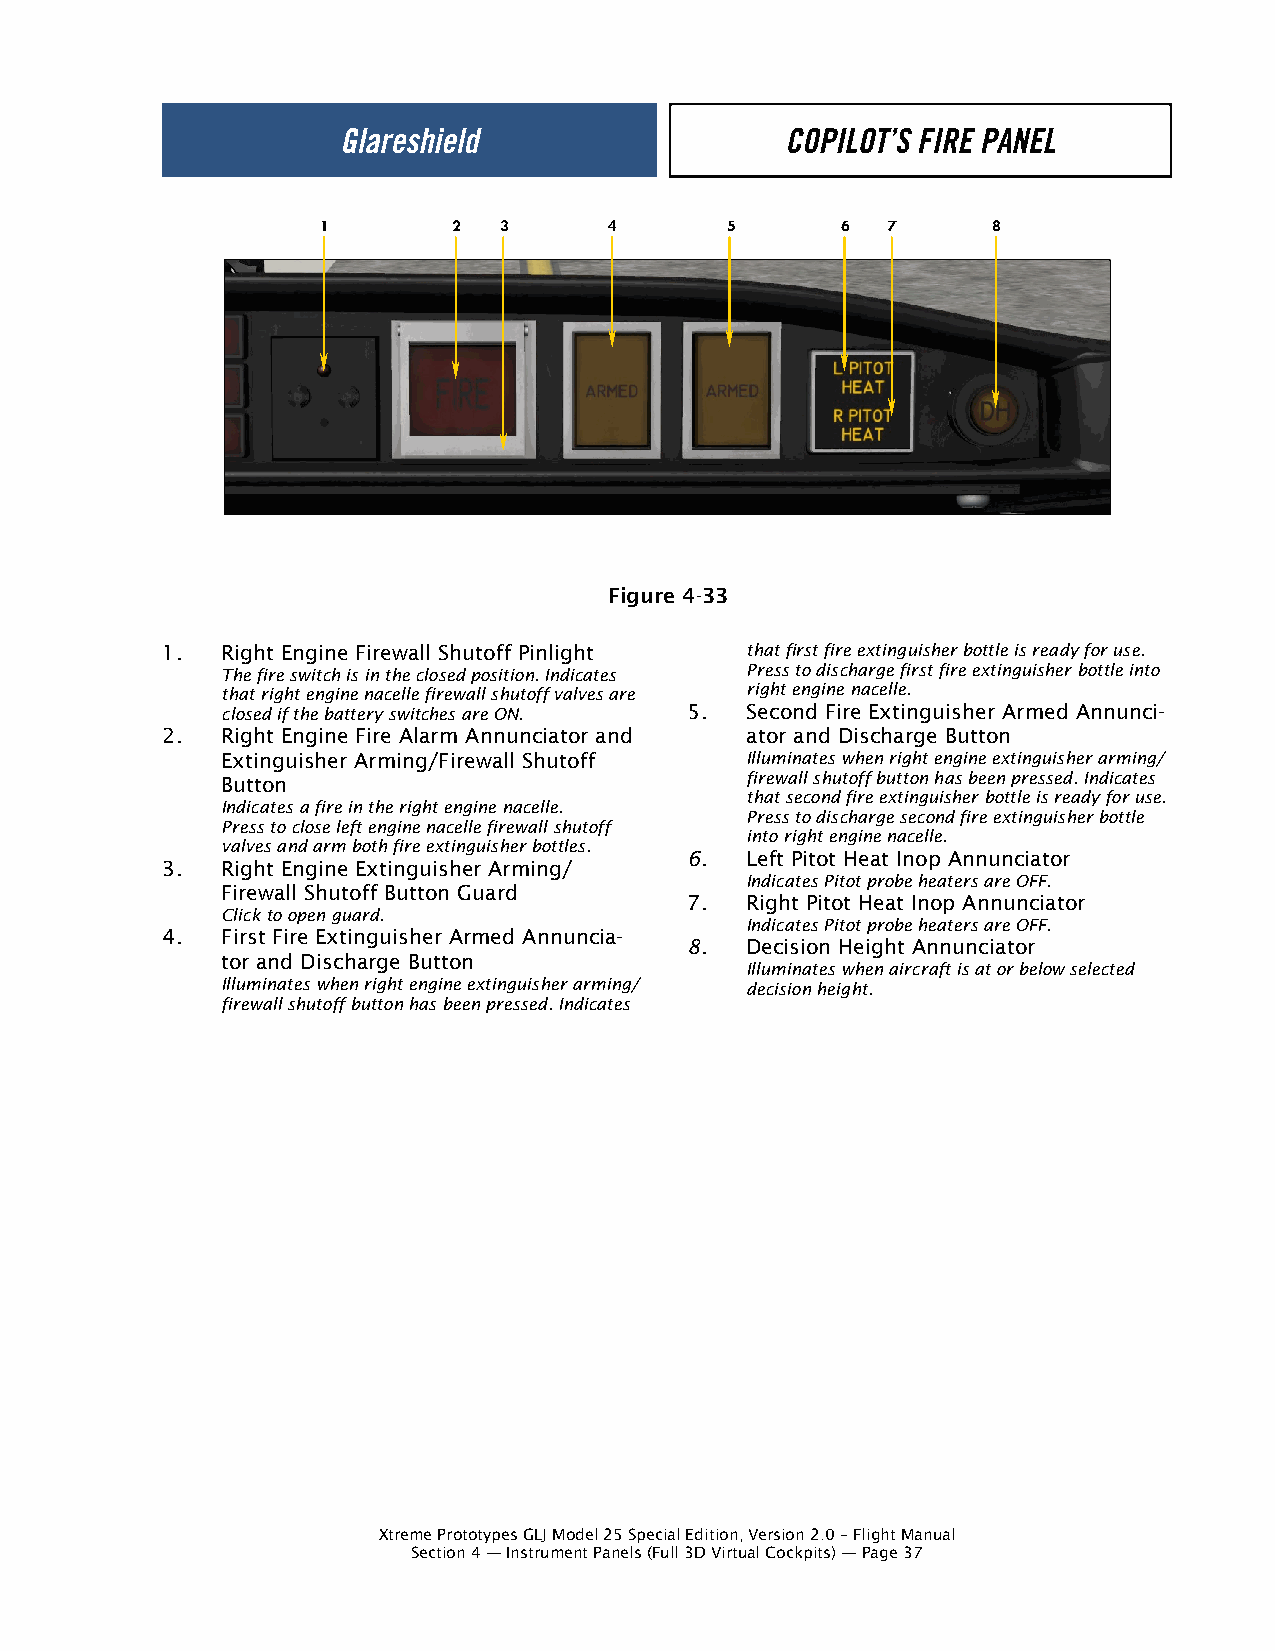
1        2  3      4       5       6  7      8
 Figure 4-33
 1.  Right Engine Firewall Shutoff Pinlight that first fire extinguisher bottle is ready for use.
 The fire switch is in the closed position. Indicates Press to discharge first fire extinguisher bottle into
 that right engine nacelle firewall shutoff valves are right engine nacelle.
 closed if the battery switches are ON. 5. Second Fire Extinguisher Armed Annunci-
 2.  Right Engine Fire Alarm Annunciator and ator and Discharge Button
 Extinguisher Arming/Firewall Shutoff Illuminates when right engine extinguisher arming/
 Button                            firewall shutoff button has been pressed. Indicates
 that second fire extinguisher bottle is ready for use.
 Indicates a fire in the right engine nacelle.
 Press to discharge second fire extinguisher bottle
 Press to close left engine nacelle firewall shutoff
 into right engine nacelle.
 valves and arm both fire extinguisher bottles.
 6. Left Pitot Heat Inop Annunciator
 3.  Right Engine Extinguisher Arming/
 Indicates Pitot probe heaters are OFF.
 Firewall Shutoff Button Guard
 7. Right Pitot Heat Inop Annunciator
 Click to open guard.
 Indicates Pitot probe heaters are OFF.
 4.  First Fire Extinguisher Armed Annuncia-
 8. Decision Height Annunciator
 tor and Discharge Button
 Illuminates when aircraft is at or below selected
 Illuminates when right engine extinguisher arming/ decision height.
 firewall shutoff button has been pressed. Indicates
 Xtreme Prototypes GLJ Model 25 Special Edition, Version 2.0 – Flight Manual
 Section 4 — Instrument Panels (Full 3D Virtual Cockpits) — Page 37